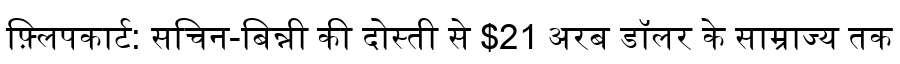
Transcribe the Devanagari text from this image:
फ़्लिपकार्ट: सचिन-बिन्नी की दोस्ती से $21 अरब डॉलर के साम्राज्य तक